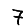
Digit: 7